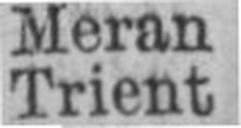
Trient